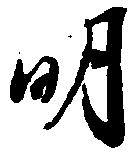
明